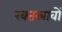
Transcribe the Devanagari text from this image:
रक्‍तस्रावों